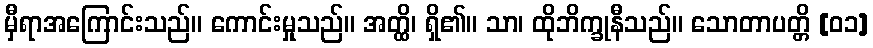
မှီရာအကြောင်းသည်။ ကောင်းမှုသည်။ အတ္ထိ၊ ရှိ၏။ သာ၊ ထိုဘိက္ခုနီသည်။ သောတာပတ္တိ [၀၁]